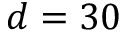
d = 3 0